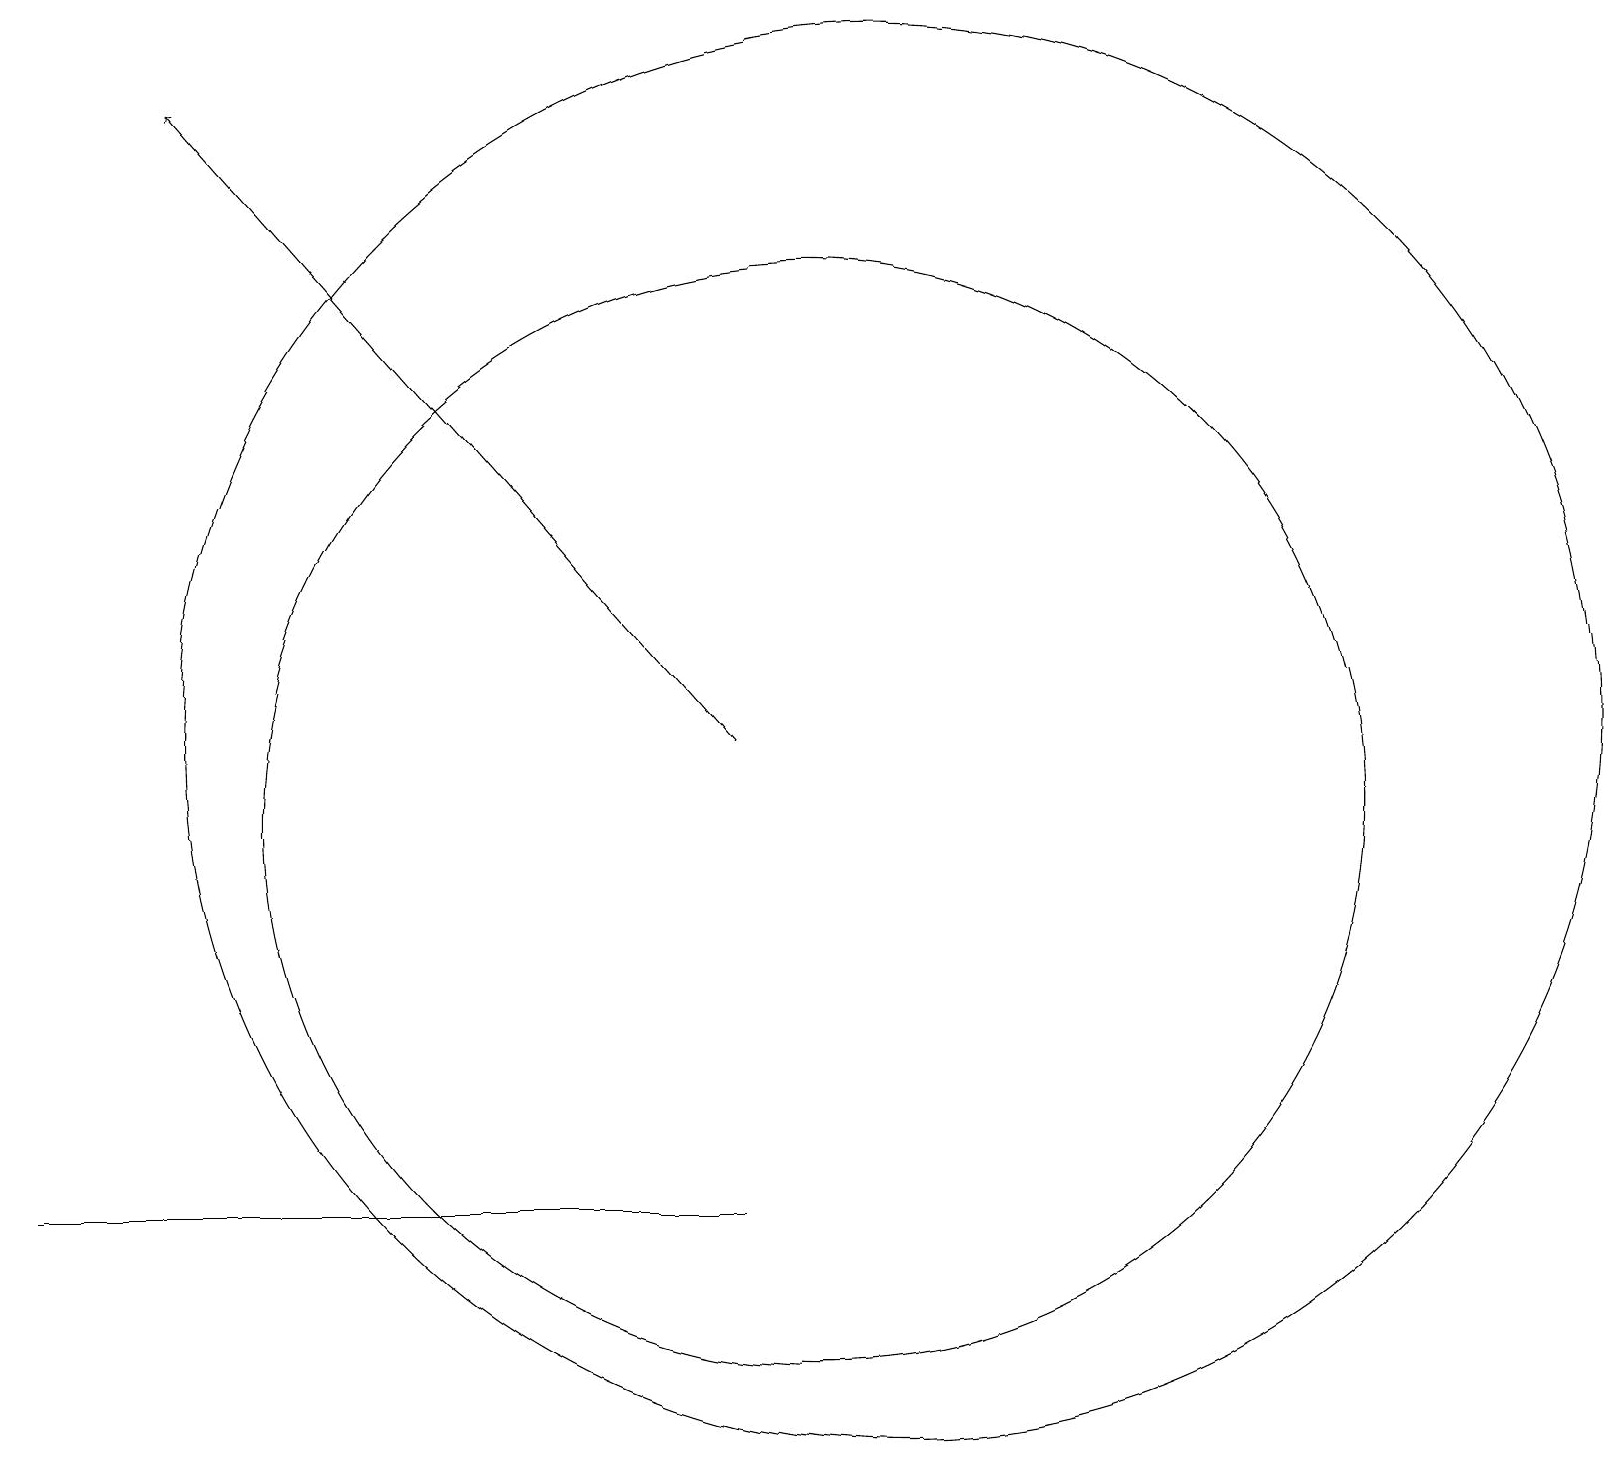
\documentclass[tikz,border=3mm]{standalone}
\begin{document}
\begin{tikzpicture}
\draw (11,11) circle (9);
\draw (10,10) circle (7);
\draw (7,5) -- (0,5) -- (9,5) -- cycle;
\draw[->] (9,11) -- (2,19);
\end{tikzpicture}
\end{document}